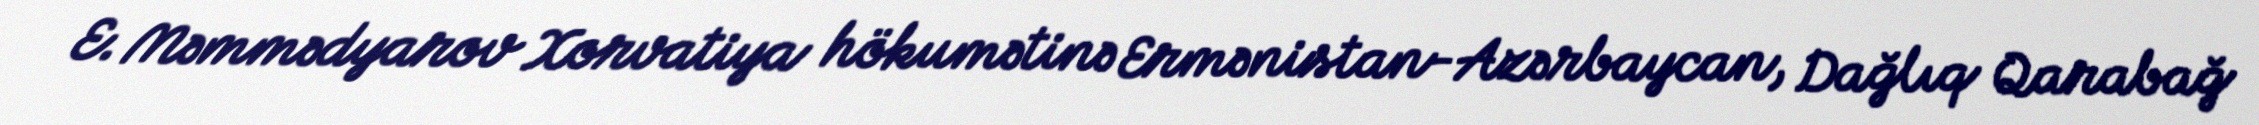
E. Məmmədyarov Xorvatiya hökumətinə Ermənistan-Azərbaycan, Dağlıq Qarabağ